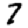
Digit: 7